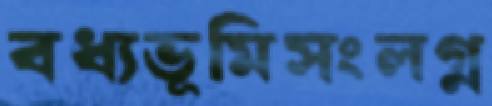
বধ্যভূমিসংলগ্ন